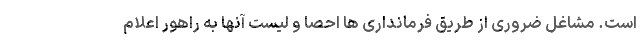
است. مشاغل ضروری از طریق فرمانداری ها احصا و لیست آنها به راهور اعلام